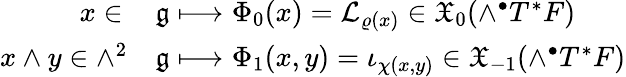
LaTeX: \begin{array}{rl}{x\in\, }&{\mathfrak{g}\longmapsto\Phi_{0}(x)={\mathcal{L}}_{\varrho(x)}\in\mathfrak{X}_{0}(\wedge^{\bullet}T^{*}F)}\\ {x\wedge y\in\wedge^{2}}&{\mathfrak g\longmapsto\Phi_{1}(x,y)=\iota_{\chi(x,y)}\in\mathfrak{X}_{-1}(\wedge^{\bullet}T^{*}F)}\end{array}